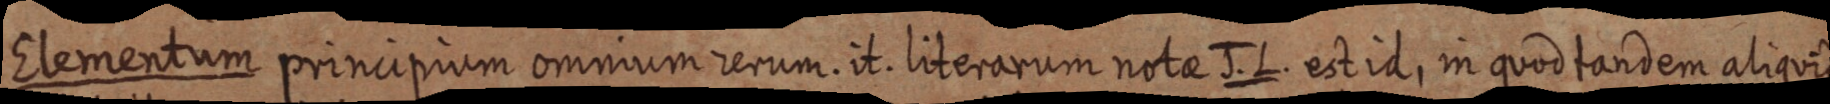
Elementum principium omnium rerum. it. literarum notae J. .L. est id, in quod tandem aliquid